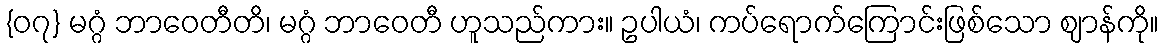
{၀၇} မဂ္ဂံ ဘာဝေတီတိ၊ မဂ္ဂံ ဘာဝေတီ ဟူသည်ကား။ ဥပါယံ၊ ကပ်ရောက်ကြောင်းဖြစ်သော ဈာန်ကို။